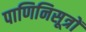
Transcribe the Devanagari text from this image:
पाणिनिसूत्रों